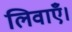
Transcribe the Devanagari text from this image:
लिवाएँ।